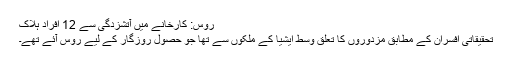
روس: کارخانے میں آتشزدگی سے 12 افراد ہلاک
تحقیقاتی افسران کے مطابق مزدوروں کا تعلق وسطِ ایشیا کے ملکوں سے تھا جو حصولِ روزگار کے لیے روس آئے تھے۔